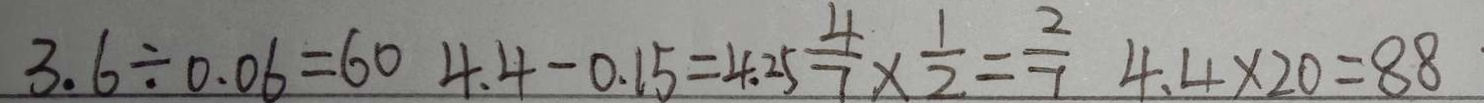
3 . 6 \div 0 . 0 6 = 6 0 4 . 4 - 0 . 1 5 = 4 . 2 5 \frac { 4 } { 7 } \times \frac { 1 } { 2 } = \frac { 2 } { 7 } 4 . 4 \times 2 0 = 8 8